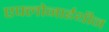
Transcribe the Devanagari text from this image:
एफ्लोनाईथीन